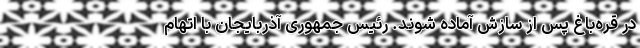
در قره‌باغ پس از سازش آماده شوند. رئیس جمهوری آذربایجان با اتهام